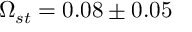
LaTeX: \Omega _ { s t } = 0 . 0 8 \pm 0 . 0 5